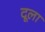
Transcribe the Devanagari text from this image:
दूला